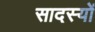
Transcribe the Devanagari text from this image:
सादस्यों